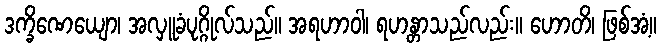
ဒက္ခိဏေယျော၊ အလှူခံပုဂ္ဂိုလ်သည်။ အရဟာဝါ၊ ရဟန္တာသည်လည်း။ ဟောတိ၊ ဖြစ်အံ့။